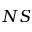
N S